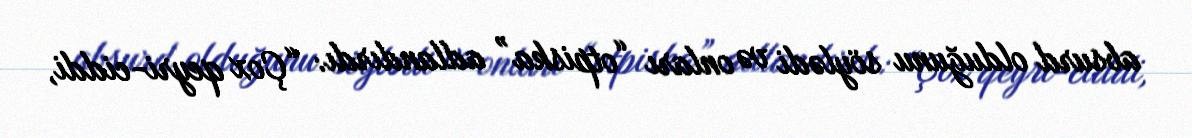
absurd olduğunu söylədi və onları “otpiska” adlandırdı: “Çox qeyri-ciddi,